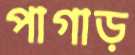
পাগাড়